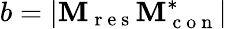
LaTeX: b=|\mathbf{M}_{\mathrm{{~r~e~s~}}}\mathbf{M}_{\mathrm{{~c~o~n~}}}^{*}|